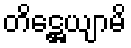
တိဋ္ဌေယျာမိ